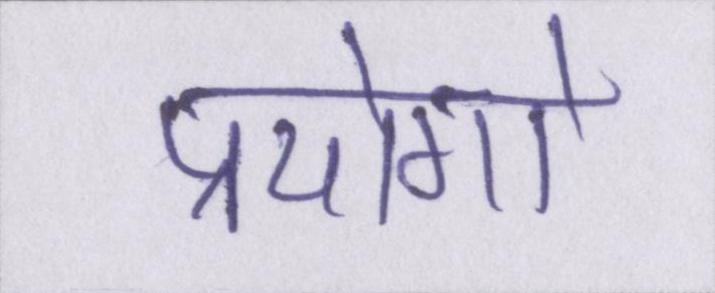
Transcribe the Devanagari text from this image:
प्रयोगो